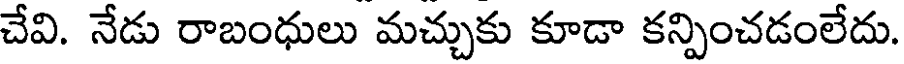
చేవి. నేడు రాబంధులు మచ్చుకు కూడా కన్పించడంలేదు.